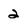
Character: 2